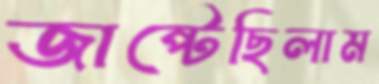
জাপ্‌টেছিলাম